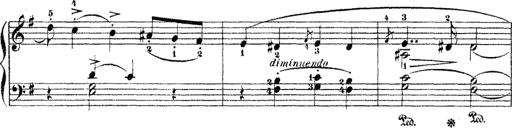
Title: Dem Andenken PetÃ¶fis
Composer: Franz Liszt